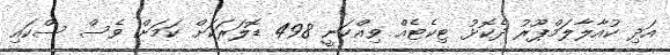
އަދި ކުއާލާލަމްޕޫރު ދެކޮޅު ޓިކެޓެއް ވިއްކަނީ 498 ޑޮލަރަކަށް ކަމަށް ވެސް ސްކައި